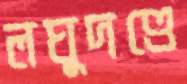
লঘুদণ্ডে